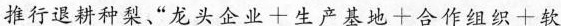
推行退耕种梨”$$龙 头 企 业 十 生 产 基 地 + 合 作 组 织 + 软